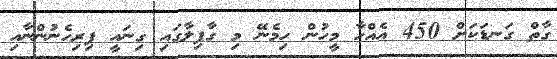
ގާތް ގަނޑަކަށް 450 އެއްހާ މީހުން ހިމެނޭ މި ގާފިލާގައި ގިނައީ ފިރިހެނުންނާއި